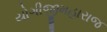
યોગીજીમહારાજ